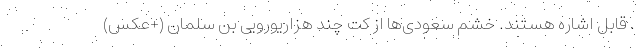
. قابل اشاره هستند. خشم سعودی‌ها از کُت چند هزاریورویی بن سلمان (+عکس)